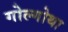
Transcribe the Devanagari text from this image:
गोल्गोथा